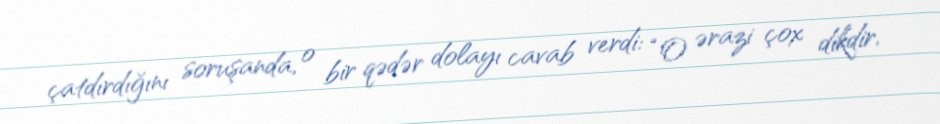
çatdırdığını soruşanda, o bir qədər dolayı cavab verdi: “O ərazi çox dikdir,